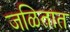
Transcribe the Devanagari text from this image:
जळितात